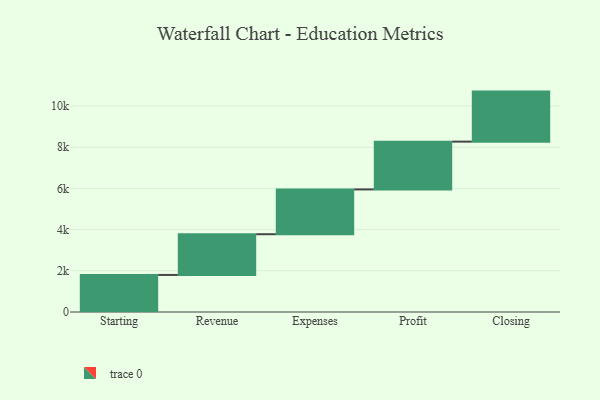
{"axis": {"x": "Step", "y": "Value"}, "legend": [""], "data": [{"x": "Starting", "y": 1799.0, "type": ""}, {"x": "Revenue", "y": 1977.0, "type": ""}, {"x": "Expenses", "y": 2175.0, "type": ""}, {"x": "Profit", "y": 2320.0, "type": ""}, {"x": "Closing", "y": 2429.0, "type": ""}]}